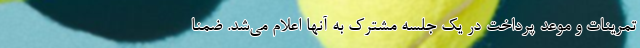
تمرینات و موعد پرداخت در یک جلسه مشترک به آنها اعلام می‌شد. ضمنا